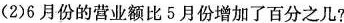
(2)6月份的营业额比5月份增加了百分之几?